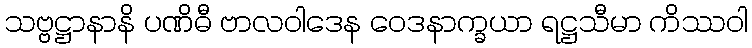
သဗ္ဗဋ္ဌာနာနိ ပဏိဓီ ဗာလဝါဒေန ဝေဒနာက္ခယာ ရဋ္ဌသီမာ ကိဿဝါ